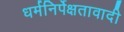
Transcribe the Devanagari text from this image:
धर्मनिर्पेक्षतावादी